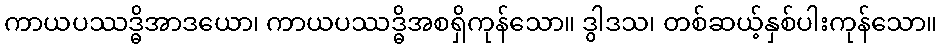
ကာယပဿဒ္ဓိအာဒယော၊ ကာယပဿဒ္ဓိအစရှိကုန်သော။ ဒွါဒသ၊ တစ်ဆယ့်နှစ်ပါးကုန်သော။